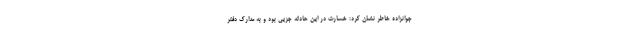
جوانزاده خاطر نشان کرد: خسارت در این حادثه جزیی بود و به مدارک دفتر